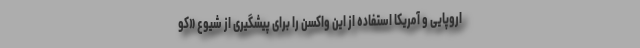
اروپایی و آمریکا استفاده از این واکسن را برای پیشگیری از شیوع «کو